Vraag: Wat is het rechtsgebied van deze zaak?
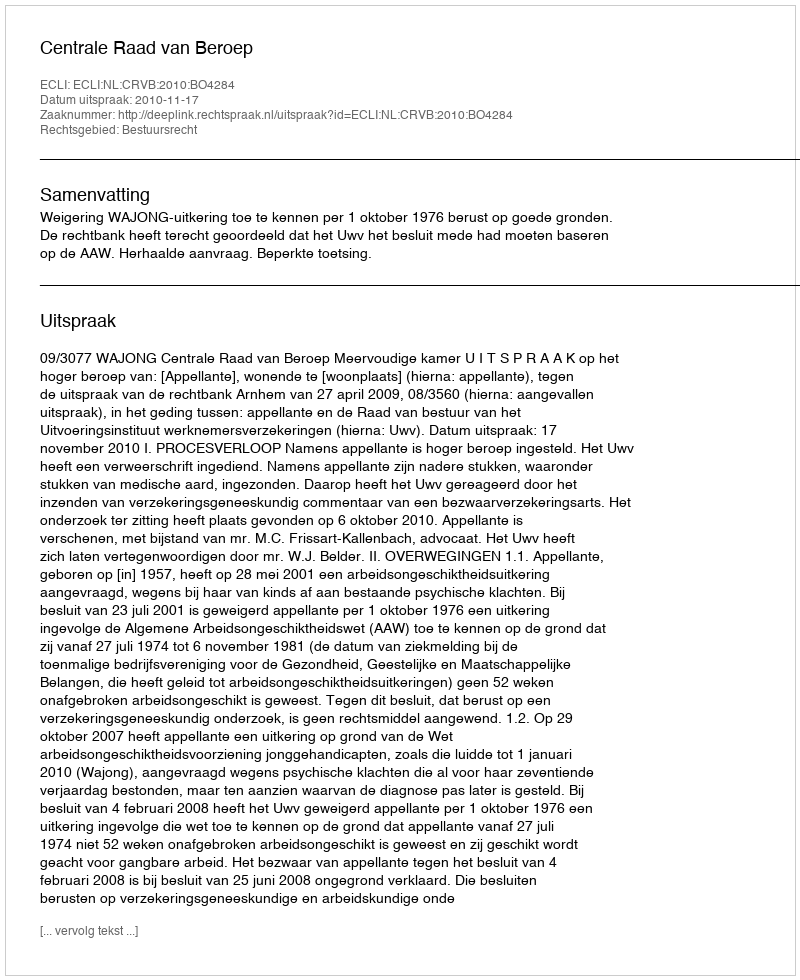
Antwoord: Bestuursrecht